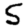
Digit: 5